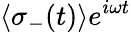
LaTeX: \langle\sigma_{-}(t)\rangle e^{i\omega t}